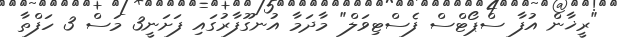
"ރީޚާން އުފާ ސްޕޯޓްސް ފެސްޓިވަލް" މާދަމާ އުނގޫފާރުގައި ފަށަނީ3 މަސް 3 ހަފްތާ